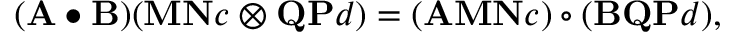
( \mathbf { A } \bullet \mathbf { B } ) ( \mathbf { M } \mathbf { N } c \otimes \mathbf { Q } \mathbf { P } d ) = ( \mathbf { A } \mathbf { M } \mathbf { N } c ) \circ ( \mathbf { B } \mathbf { Q } \mathbf { P } d ) ,